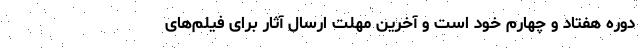
دوره هفتاد و چهارم خود است و آخرین مهلت ارسال آثار برای فیلم‌های